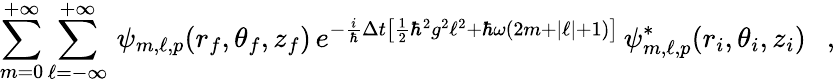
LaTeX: \sum_{m=0}^{+\infty}\sum_{\ell=-\infty}^{+\infty}\, \psi_{m,\ell,p}(r_{f},\theta_{f},z_{f})\, e^{-\frac{i}{\hbar}\Delta t\left[\frac{1}{2}\hbar^{2}g^{2}\ell^{2}+\hbar\omega(2m+|\ell|+1)\right]}\, \psi_{m,\ell,p}^{*}(r_{i},\theta_{i},z_{i})\ \ \ ,